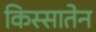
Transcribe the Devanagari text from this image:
किस्सातेन